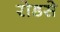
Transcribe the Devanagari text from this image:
रोडसे